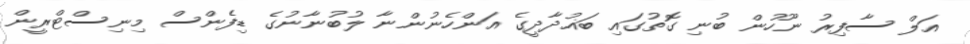
އަލް ސާފިރު ނޫހުން ބުނި ގޮތުގައި ބަޣުދާދީގެ އަންހެނުންނާ ލުބުނާނުގެ ޑިފެންސް މިނިސްޓްރީން